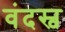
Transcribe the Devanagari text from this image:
वंदस्व